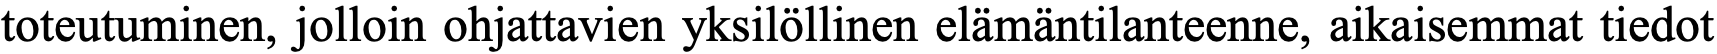
toteutuminen, jolloin ohjattavien yksilöllinen elämäntilanteenne, aikaisemmat tiedot